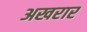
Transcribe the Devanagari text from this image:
अखरार